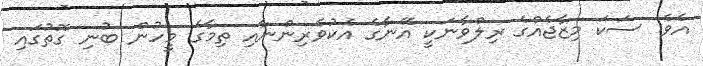
އެވެ. ސަކަ މިޒާޖެއްގެ ރިލްވާނަކީ އޭނާގެ އެކުވެރިންނާއި ތިމާގެ މީހުން ބުނި ގޮތުގައި